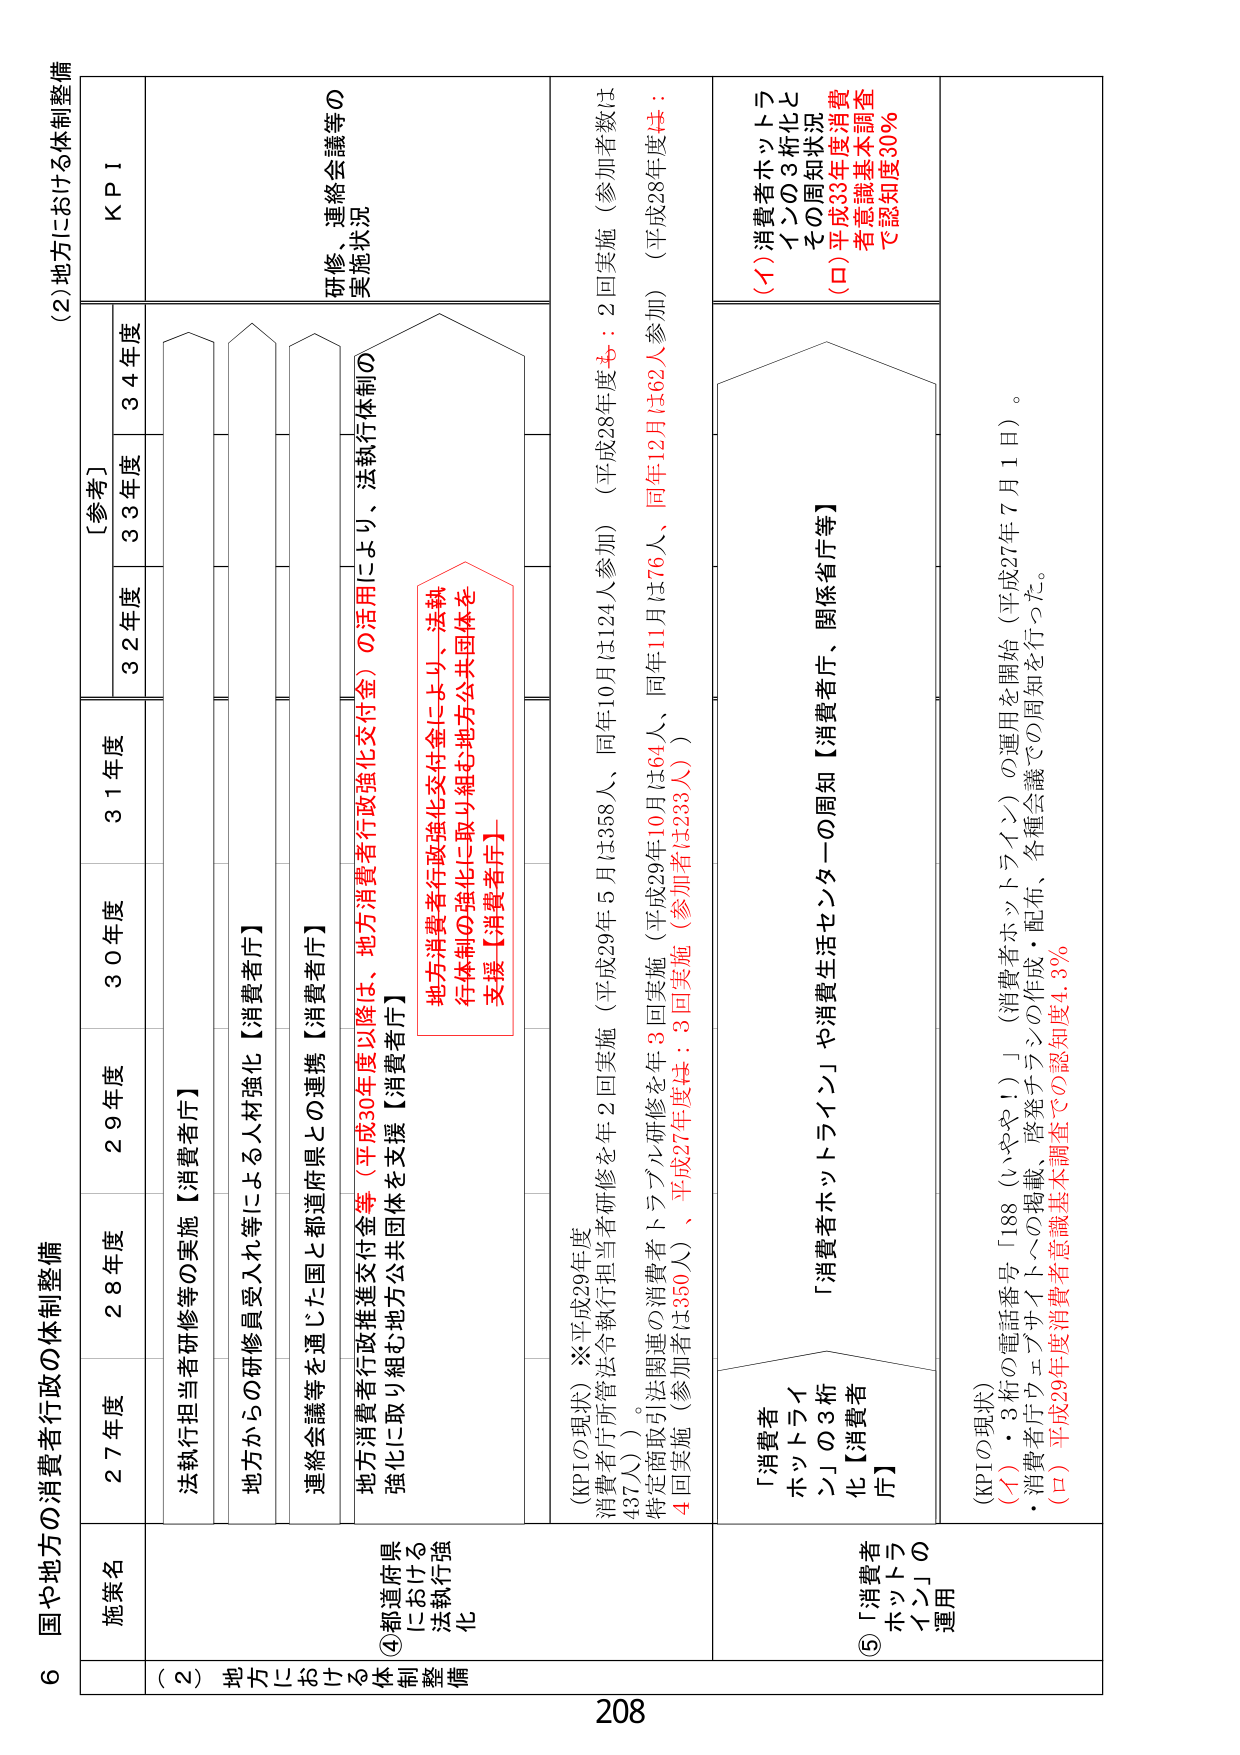
6 国や地方の消費者行政の体制整備

(2) 地方における体制整備

施策名
27年度
28年度
29年度
30年度
31年度
[参考]
32年度
33年度
34年度
KPI

(2) 地方における体制整備

④都道府県における法執行強化

法執行担当者研修等の実施【消費者庁】
地方からの研修員受入れ等による人材強化【消費者庁】
連絡会議等を通じた国と都道府県との連携【消費者庁】
地方消費者行政推進交付金等（平成30年度以降は、地方消費者行政強化交付金）の活用により、法執行体制の強化に取り組む地方公共団体を支援【消費者庁】

地方消費者行政強化交付金により、法執行体制の強化に取り組む地方公共団体を支援【消費者庁】

(KPIの現状) ※平成29年度
消費者庁所管法令執行担当者研修を年2回実施（平成29年5月は358人、同年10月は124人参加）（平成28年度も：2回実施（参加者数は437人））。
特定商取引法関連の消費者トラブル研修を年3回実施（平成29年10月は64人、同年11月は76人、同年12月は62人参加）（平成28年度は：4回実施（参加者は350人）、平成27年度は：3回実施（参加者は233人））

⑤「消費者ホットライン」の運用

「消費者ホットライン」・3桁の電話番号「188（いゃや！）」（消費者ホットライン）の運用を開始（平成27年7月1日）。
・消費者庁ウェブサイトへの掲載、啓発チラシの作成・配布、各種会議での周知を行った。
(KPIの現状)
(イ) 「消費者ホットライン」や消費生活センターの周知【消費者庁、関係省庁等】
(ロ) 平成29年度消費者意識基本調査での認知度4.3%

(イ) 消費者ホットラインの3桁化とその周知状況
(ロ) 平成33年度消費者意識基本調査で認知度30%

研修、連絡会議等の実施状況

208